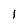
Character: 1